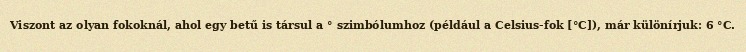
Viszont az olyan fokoknál, ahol egy betű is társul a ° szimbólumhoz (például a Celsius-fok [°C]), már különírjuk: 6 °C.